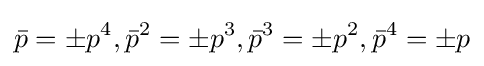
{\bar {p}}=\pm p^{4},{\bar {p}}^{2}=\pm p^{3},{\bar {p}}^{3}=\pm p^{2},{\bar {p}}^{4}=\pm p